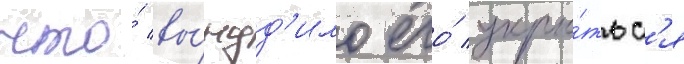
что́ вы́нуд'ило его́ укры́тьс'я